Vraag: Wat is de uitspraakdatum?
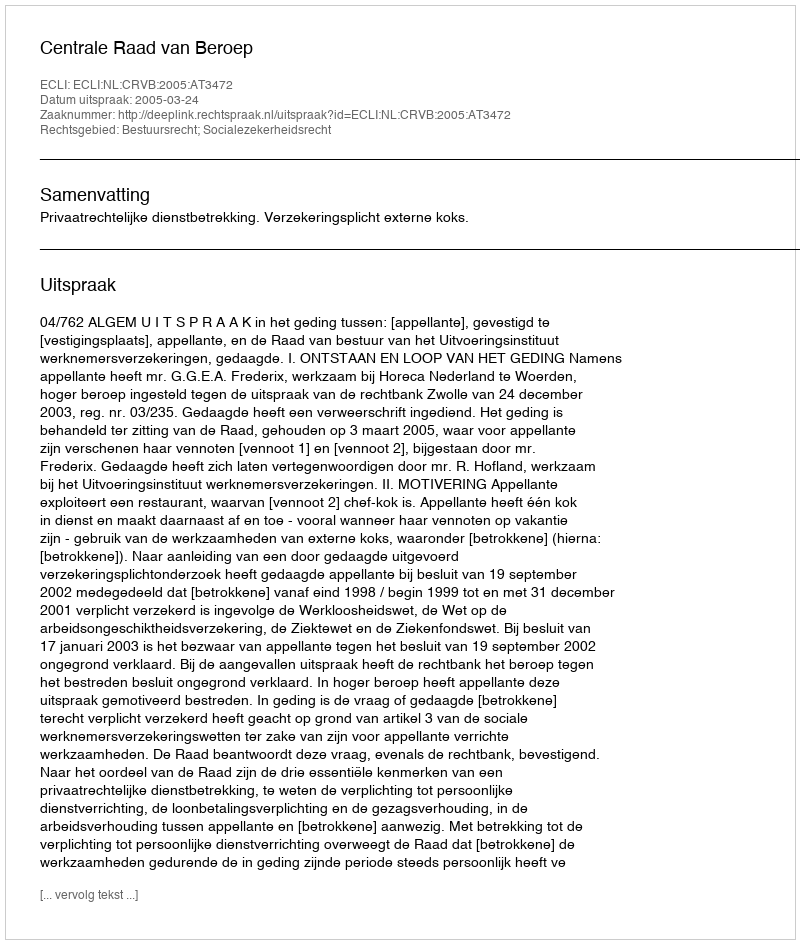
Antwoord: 2005-03-24